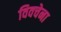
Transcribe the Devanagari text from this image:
विवचेना